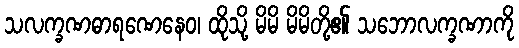
သလက္ခဏဓာရဏေနေဝ၊ ထိုသို့ မိမိ မိမိတို့၏ သဘောလက္ခဏာကို